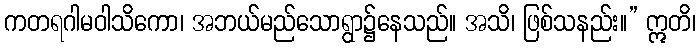
ကတရဂါမဝါသိကော၊ အဘယ်မည်သောရွာ၌နေသည်။ အသိ၊ ဖြစ်သနည်း။” ဣတိ၊